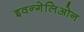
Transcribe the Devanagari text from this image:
इवन्गेलिओन